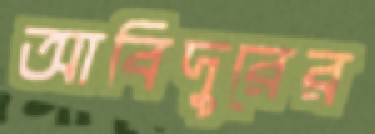
আবিদুরের